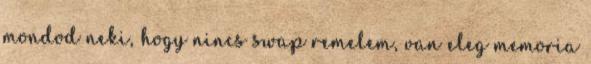
mondod neki, hogy nincs swap remelem, van eleg memoria